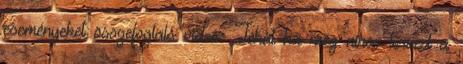
eseményeket összefoglaló videó: Tehát ha még nincs terved a